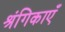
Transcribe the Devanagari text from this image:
श्रंगिकाएँ